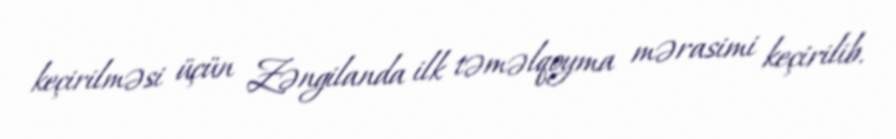
keçirilməsi üçün Zəngilanda ilk təməlqoyma mərasimi keçirilib.